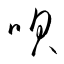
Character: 唄